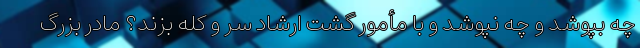
چه بپوشد و چه نپوشد و با مأمور گشت ارشاد سر و کله بزند؟ مادر بزرگ